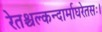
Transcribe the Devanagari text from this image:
रेतश्चल्कन्दार्माघरेतसः।